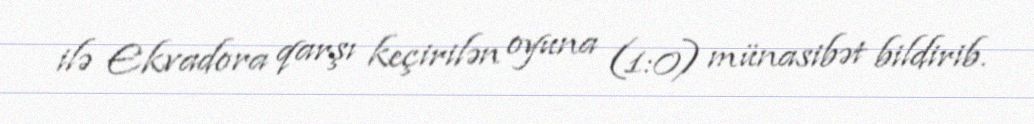
ilə Ekvadora qarşı keçirilən oyuna (1:0) münasibət bildirib.